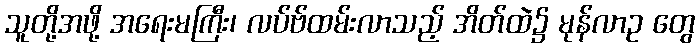
သူတို့အဖို့ အရေးမကြီး၊ လပ်ဗ်ထမ်းလာသည့် အိတ်ထဲ၌ မုန်လာဥ တွေ